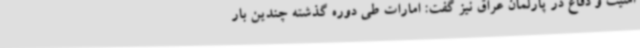
امنیت و دفاع در پارلمان عراق نیز گفت: امارات طی دوره گذشته چندین بار